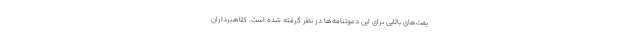
یمت‌های بالایی برای این دعوتنامه‌ها در نظر گرفته شده است. کلاهبرداران